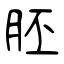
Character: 胚